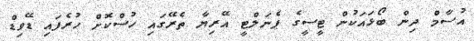
އުސާމް ދިން ބޯޅައަކުން ޓީސީގެ ޕެނަލްޓީ އޭރިޔާ ތެރޭގައި ހުސްކޮށް ހުރެފައި ޑޭވިޑް